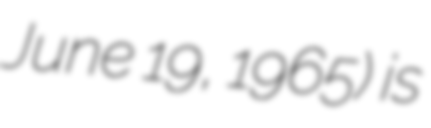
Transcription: June 19, 1965) is